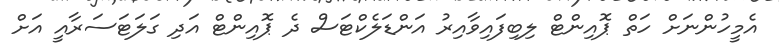
އެމީހުންނަށް ހަތް ޕޮއިންޓް ލިބިފައިވާއިރު އަންޑަލެކްޓަސް ދެ ޕޮއިންޓް އަދި ގަލަޓަސަރާއީ އަށް